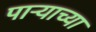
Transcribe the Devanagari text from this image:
पार्‍याच्या